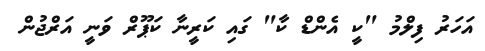
އަހަރު ފިލްމު "ކީ އެންޑް ކާ" ގައި ކަރީނާ ކަޕޫރް ވަނީ އަރްޖުން